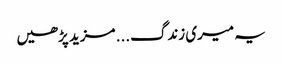
یہ میری زندگ... مزید پڑھیں